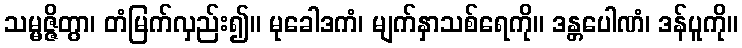
သမ္မဇ္ဇိတွာ၊ တံမြက်လှည်း၍။ မုခေါဒကံ၊ မျက်နှာသစ်ရေကို။ ဒန္တပေါဏံ၊ ဒန်ပူကို။